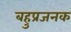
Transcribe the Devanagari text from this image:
बहुप्रजनक